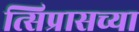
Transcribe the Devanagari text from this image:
त्सिप्रासच्या